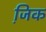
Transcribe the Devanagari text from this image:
जि़क